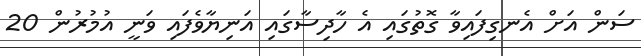
ސަން އަށް އެނގިފައިވާ ގޮތުގައި އެ ހާދިސާގައި އަނިޔާވެފައި ވަނީ އުމުރުން 20